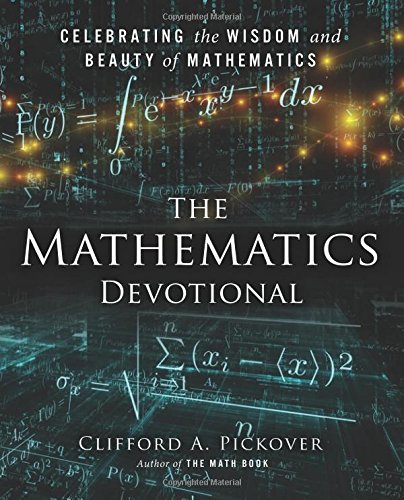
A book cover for The Mathematics Devotional: Celebrating the Wisdom and Beauty of Mathematics; Clifford A. Pickover; Science & Math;